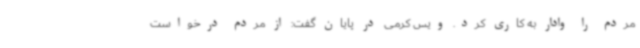
مردم را وادار به کاری کرد. ویس کرمی در پایان گفت:‌ از مردم درخواست